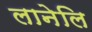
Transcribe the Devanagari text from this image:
लानेलि